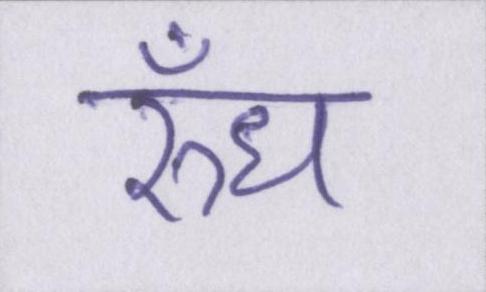
रुँध